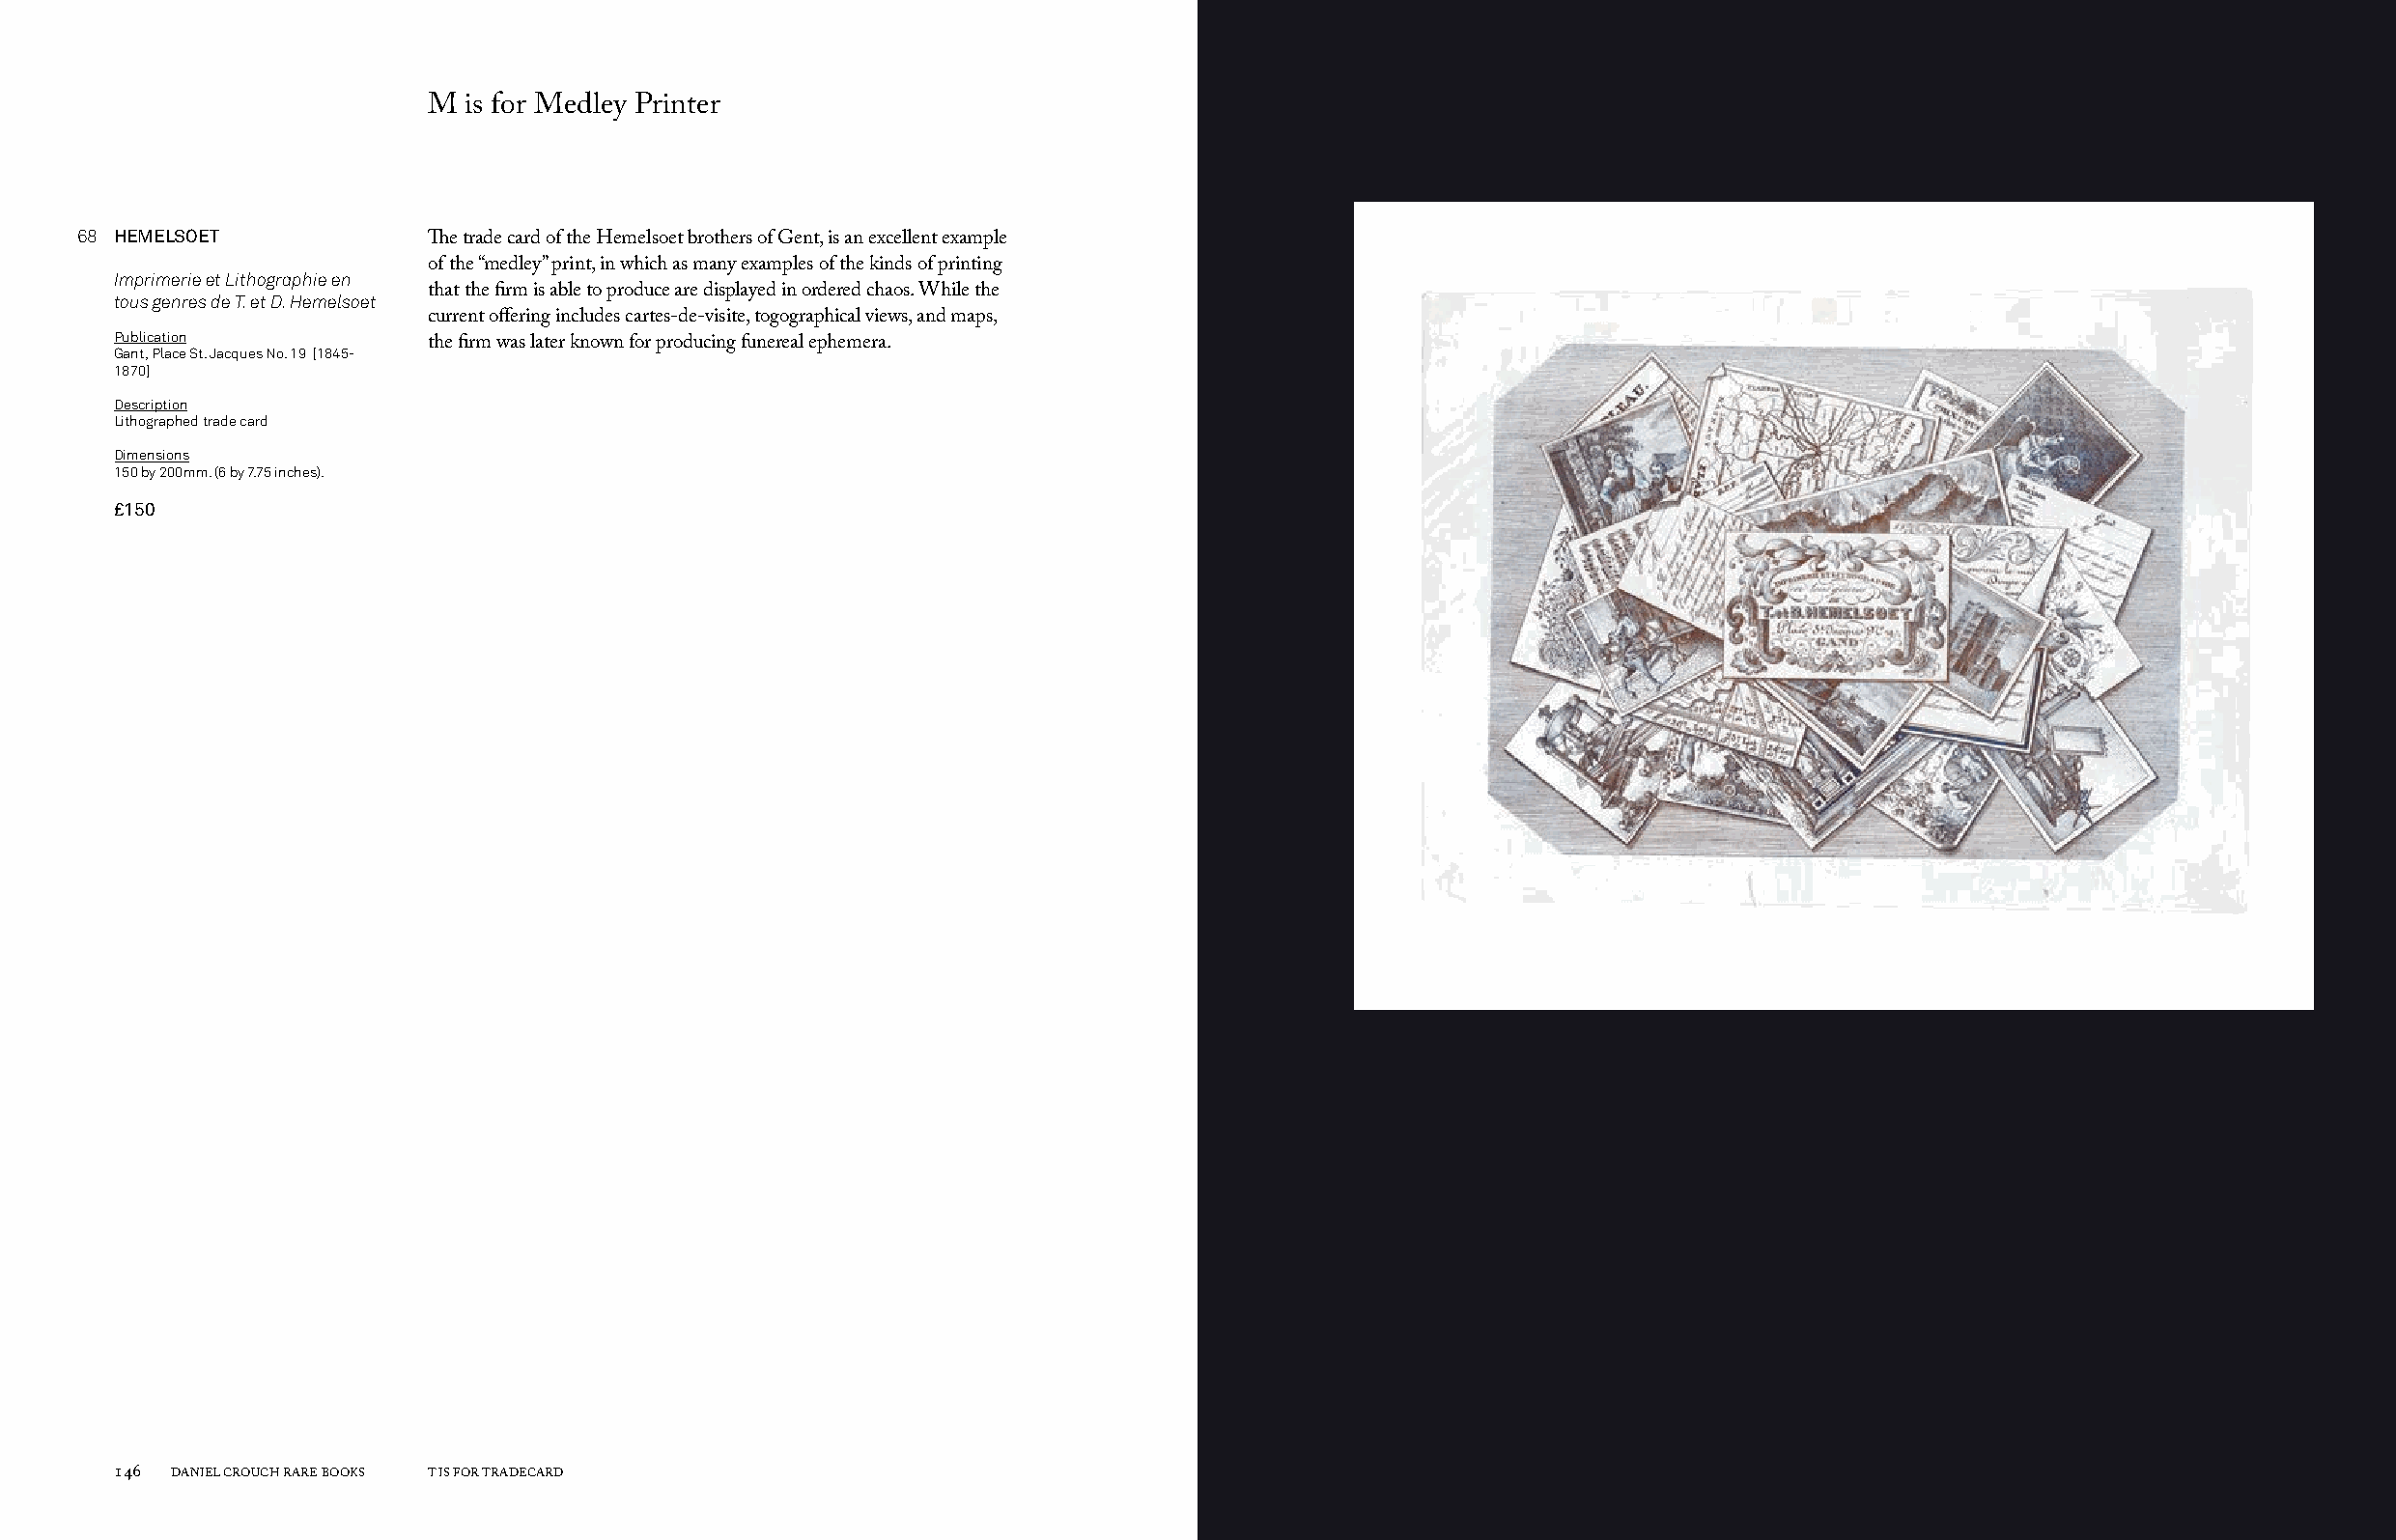
M  is for Medley Printer
 68 HEMELSOET
 The trade card of the Hemelsoet brothers of Gent, is an excellent example
 of the “medley” print, in which as many examples of the kinds of printing
 Imprimerie et Lithographie en
 tous genres de T. et D. Hemelsoet that the firm is able to produce are displayed in ordered chaos. While the
 current offering includes cartes-de-visite, togographical views, and maps,
 Publication
 the firm was later known for producing funereal ephemera.
 Gant, Place St. Jacques No. 19 [1845-
 1870]
 Description
 Lithographed trade card
 Dimensions
 150 by 200mm. (6 by 7.75 inches).
 £150
 146 DANIEL CROUCH RARE BOOKS T IS FOR TRADECARD                                                                       T IS FOR TRADECARD DANIEL CROUCH RARE BOOKS 147